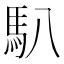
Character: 𩡩